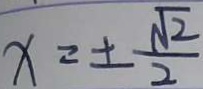
x = \pm \frac { \sqrt { 2 } } { 2 }